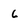
Character: 6